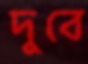
দুবে